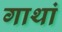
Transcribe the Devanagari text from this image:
गाथां